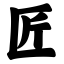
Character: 匠